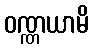
ဝဏ္ဏယာမိ